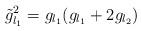
LaTeX: \begin{align*}\tilde{g}_{l_1}^2=g_{l_1}(g_{l_1}+2g_{l_2})\end{align*}